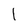
Character: I